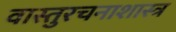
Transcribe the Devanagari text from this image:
वास्तुरचनाशास्त्र